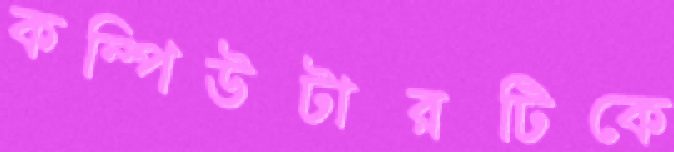
কম্পিউটারটিকে